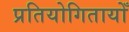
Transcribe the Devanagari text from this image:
प्रतियोगितायोँ